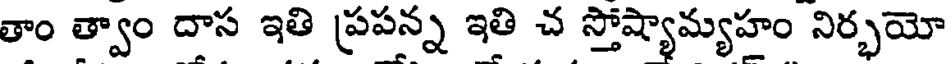
తాం త్వాం దాస ఇతి ప్రపన్న ఇతి చ స్తోష్యామ్యహం నిర్భయో